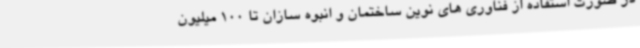
در صورت استفاده از فناوری های نوین ساختمان و انبوه سازان تا 100 میلیون